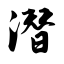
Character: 潜